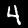
Digit: 4